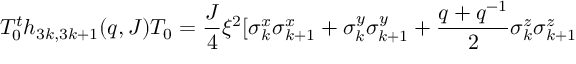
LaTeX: T _ { 0 } ^ { t } h _ { 3 k , 3 k + 1 } ( q , J ) T _ { 0 } = \frac { J } { 4 } \xi ^ { 2 } [ \sigma _ { k } ^ { x } \sigma _ { k + 1 } ^ { x } + \sigma _ { k } ^ { y } \sigma _ { k + 1 } ^ { y } + \frac { q + q ^ { - 1 } } { 2 } \sigma _ { k } ^ { z } \sigma _ { k + 1 } ^ { z }